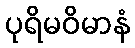
ပုရိမဝိမာနံ